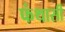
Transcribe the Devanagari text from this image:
फंथासी